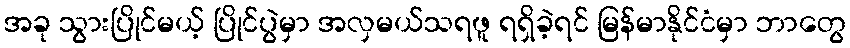
အခု သွားပြိုင်မယ့် ပြိုင်ပွဲမှာ အလှမယ်သရဖူ ရရှိခဲ့ရင် မြန်မာနိုင်ငံမှာ ဘာတွေ